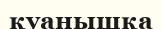
қуанышқа